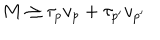
M \geq \tau _ { p } v _ { p } + \tau _ { p ^ { \prime } } v _ { p ^ { \prime } }